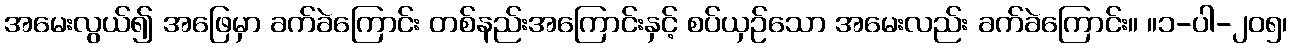
အမေးလွယ်၍ အဖြေမှာ ခက်ခဲကြောင်း တစ်နည်းအကြောင်းနှင့် စပ်ယှဉ်သော အမေးလည်း ခက်ခဲကြောင်း။ ။၁-ပါ-၂၀၅၊